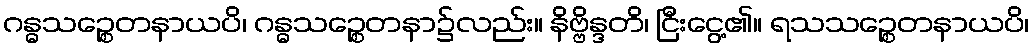
ဂန္ဓသဉ္စေတနာယပိ၊ ဂန္ဓသဉ္စေတနာ၌လည်း။ နိဗ္ဗိန္ဒတိ၊ ငြီးငွေ့၏။ ရသသဉ္စေတနာယပိ၊